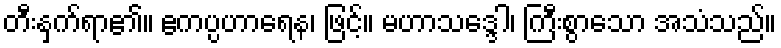
တီးနှက်ရာ၏။ ဧကပ္ပဟာရေန၊ ဖြင့်။ မဟာသဒ္ဒေါ၊ ကြီးစွာသော အသံသည်။